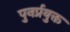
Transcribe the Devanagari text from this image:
पुनर्प्रयुक्त